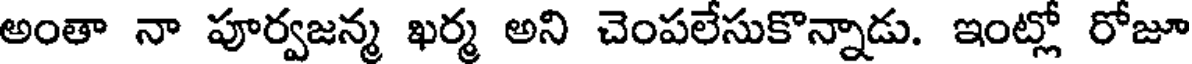
అంతా నా పూర్వజన్మ ఖర్మ అని చెంపలేసుకొన్నాడు. ఇంట్లో రోజూ